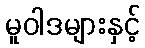
မူဝါဒများနှင့်